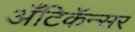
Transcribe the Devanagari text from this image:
अँटिकॅन्सर